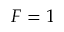
F = 1